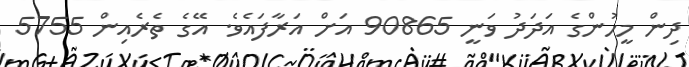
ދިން މީހުންގެ އަދަދު ވަނީ 90865 އަށް އަރާފައެވެ. އޭގެ ތެރެއިން 5755